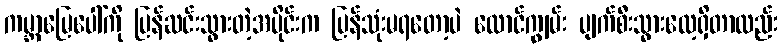
ကမ္ဘာမြေပေါ်ကို ပြန်ဆင်းသွားတဲ့အပိုင်းက ပြန်သုံးမရတော့ပဲ လောင်ကျွမ်း ပျက်စီးသွားလေ့ရှိတာလည်း